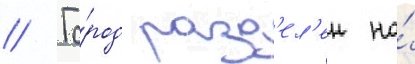
// Го́род разд'ел'ен на́